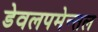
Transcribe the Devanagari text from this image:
डेवलपमेन्तल